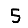
Digit: 5